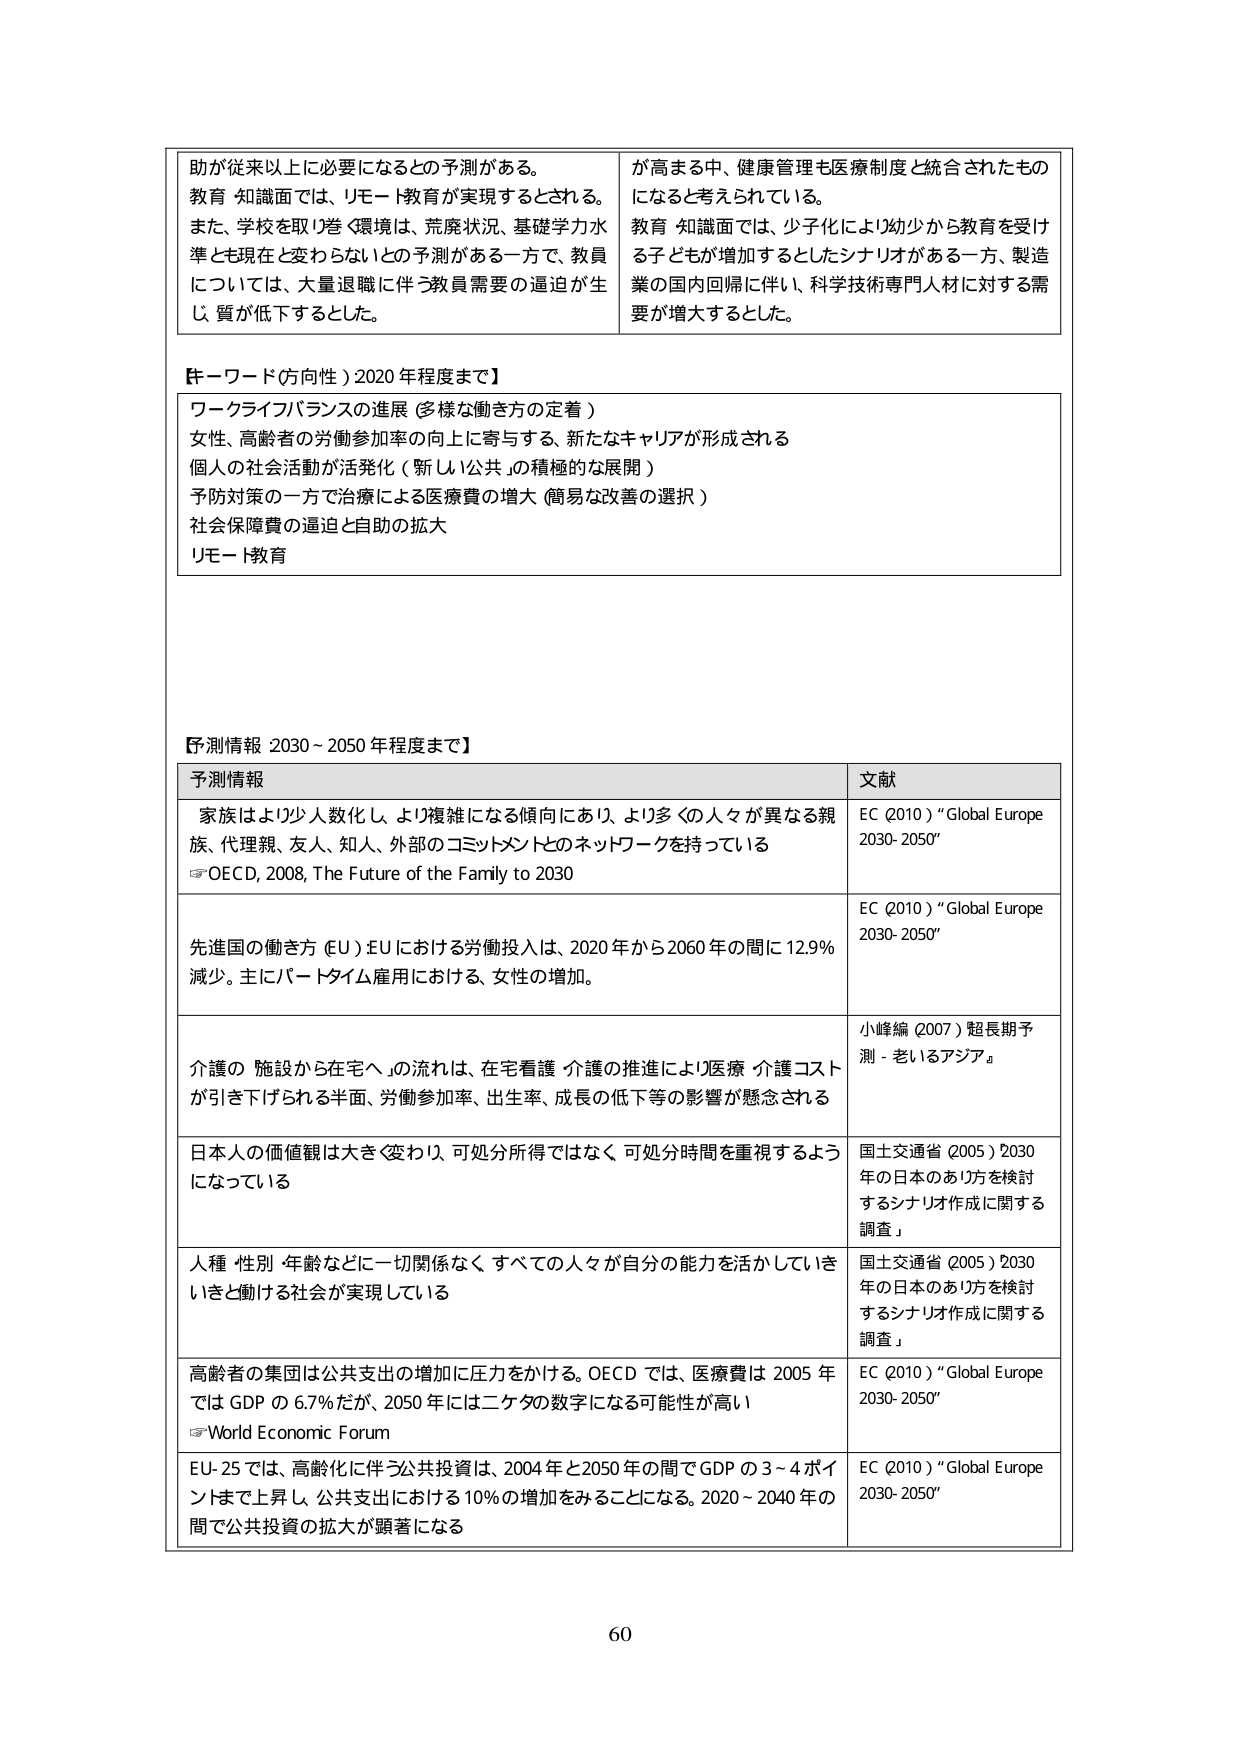
助が従来以上に必要になるとの予測がある。
教育・知識面では、リモート教育が実現するとされる。
また、学校を取り巻く環境は、荒廃状況、基礎学力水準とも現在と変わらないとの予測がある一方で、教員については、大量退職に伴う教員需要の逼迫が生じ、質が低下するとした。

が高まる中、健康管理も医療制度と統合されたものになると考えられている。
教育・知識面では、少子化により幼少から教育を受け る子どもが増加するとしたシナリオがある一方、製造業の国内回帰に伴い、科学技術専門人材に対する需要が増大するとした。

【キーワード（方向性）2020年程度まで】
ワークライフバランスの進展（多様な働き方の定着）
女性、高齢者の労働参加率の向上に寄与する、新たなキャリアが形成される
個人の社会活動が活発化（「新しい公共」の積極的な展開）
予防対策の一方で治療による医療費の増大（簡易な改善の選択）
社会保障費の逼迫と自助の拡大
リモート教育

【予測情報 2030～2050年程度まで】
予測情報 文献
家族はより少人数化し、より複雑になる傾向にあり、より多くの人々が異なる親族、代理親、友人、知人、外部のコミットメントとのネットワークを持っている
→ OECD, 2008, The Future of the Family to 2030
EC (2010) “Global Europe 2030-2050”

先進国の働き方（EU）EUにおける労働投入は、2020年から2060年の間に12.9%減少。主にパートタイム雇用における、女性の増加。
EC (2010) “Global Europe 2030-2050”

介護の「施設から在宅へ」の流れは、在宅看護・介護の推進により医療・介護コストが引き下げられる半面、労働参加率、出生率、成長の低下等の影響が懸念される
小峰編 (2007) 「超長期予測 - 老いるアジア」

日本人の価値観は大きく変わり、可処分所得ではなく、可処分時間を重視するようになっている
国土交通省 (2005) 「2030年の日本あり方を検討するシナリオ作成に関する調査」

人種・性別・年齢などに一切関係なく、すべての人々が自分の能力を活かしていき、いきいきと働ける社会が実現している
国土交通省 (2005) 「2030年の日本あり方を検討するシナリオ作成に関する調査」

高齢者の集団は公共支出の増加に圧力をかける。OECDでは、医療費は2005年ではGDPの6.7%だが、2050年には二ケタの数字になる可能性が高い
→ World Economic Forum
EC (2010) “Global Europe 2030-2050”

EU-25では、高齢化に伴う公共投資は、2004年と2050年の間でGDPの3～4ポイントまで上昇し、公共支出における10%の増加をみることになる。2020～2040年の間で公共投資の拡大が顕著になる
EC (2010) “Global Europe 2030-2050”

60